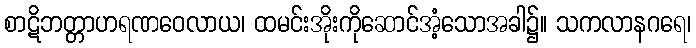
စာဋိဘတ္တာဟရဏဝေလာယ၊ ထမင်းအိုးကိုဆောင်အံ့သောအခါ၌။ သကလာနဂရေ၊